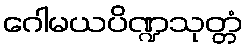
ဂေါမယပိဏ္ဍသုတ္တံ